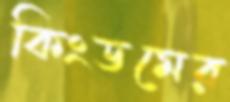
কিংডমের